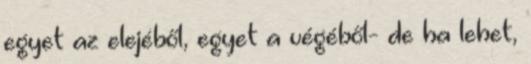
egyet az elejéből, egyet a végéből- de ha lehet,